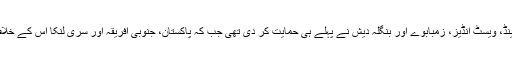
نیوزی لینڈ، ویسٹ انڈیز، زمبابوے اور بنگلہ دیش نے پہلے ہی حمایت کر دی تھی جب کہ پاکستان، جنوبی افریقہ اور سری لنکا اس کے خلاف تھے۔